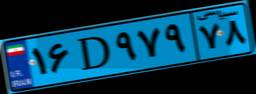
۱۶D۹۷۹۷۸